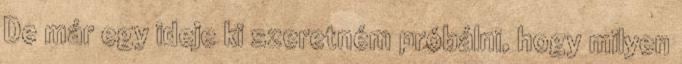
De már egy ideje ki szeretném próbálni, hogy milyen